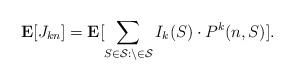
LaTeX: \begin{align*} \mathbf{E}[J_{kn}] = \mathbf{E}[\sum_{S \in \cal{S} : n \in S} I_k(S) \cdot P^k(n,S)]. \end{align*}